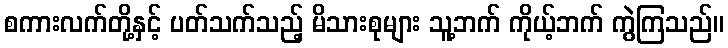
စကားလက်တို့နှင့် ပတ်သက်သည့် မိသားစုများ သူ့ဘက် ကိုယ့်ဘက် ကွဲကြသည်။